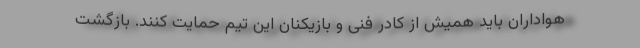
هواداران باید همیش از کادر فنی و بازیکنان این تیم حمایت کنند. بازگشت